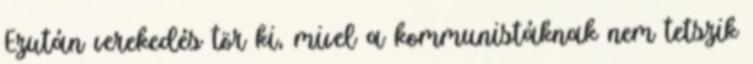
Ezután verekedés tör ki, mivel a kommunistáknak nem tetszik